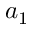
a _ { 1 }